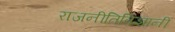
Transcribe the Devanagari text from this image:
राजनीतिविज्ञानी